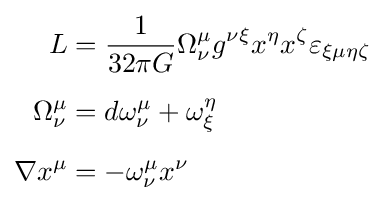
{\begin{aligned}L&={1 \over 32\pi G}\Omega _{\nu }^{\mu }g^{\nu \xi }x^{\eta }x^{\zeta }\varepsilon _{\xi \mu \eta \zeta }\\[5pt]\Omega _{\nu }^{\mu }&=d\omega _{\nu }^{\mu }+\omega _{\xi }^{\eta }\\[5pt]\nabla x^{\mu }&=-\omega _{\nu }^{\mu }x^{\nu }\end{aligned}}